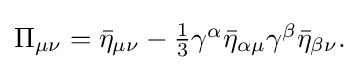
{\textstyle \Pi _{\mu \nu }={\bar {\eta }}_{\mu \nu }-{\tfrac {1}{3}}\gamma ^{\alpha }{\bar {\eta }}_{\alpha \mu }\gamma ^{\beta }{\bar {\eta }}_{\beta \nu }.}